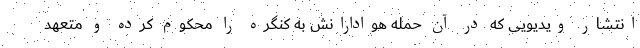
انتشار ویدیویی که در آن حمله هوادارانش به کنگره را محکوم کرده و متعهد